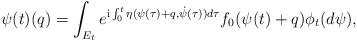
LaTeX: \begin{align*}\psi (t)(q)=\int_{E_{t}}e^{\mathrm{i}\int_{0}^{t}\eta (\psi (\tau )+q,\dot{\psi}(\tau ))d\tau }f_{0}(\psi (t)+q)\phi _{t}(d\psi ),\end{align*}